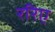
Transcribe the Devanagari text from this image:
ररिए